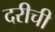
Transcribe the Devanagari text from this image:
दरीची